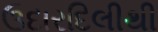
ઉદારદિલીથી